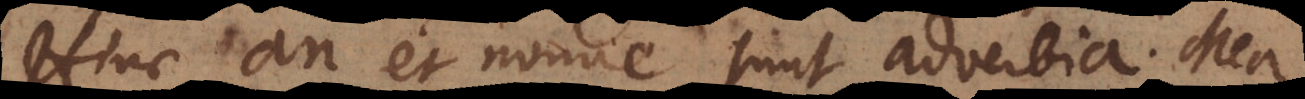
Hinc an et nonne sunt adverbia. Mea